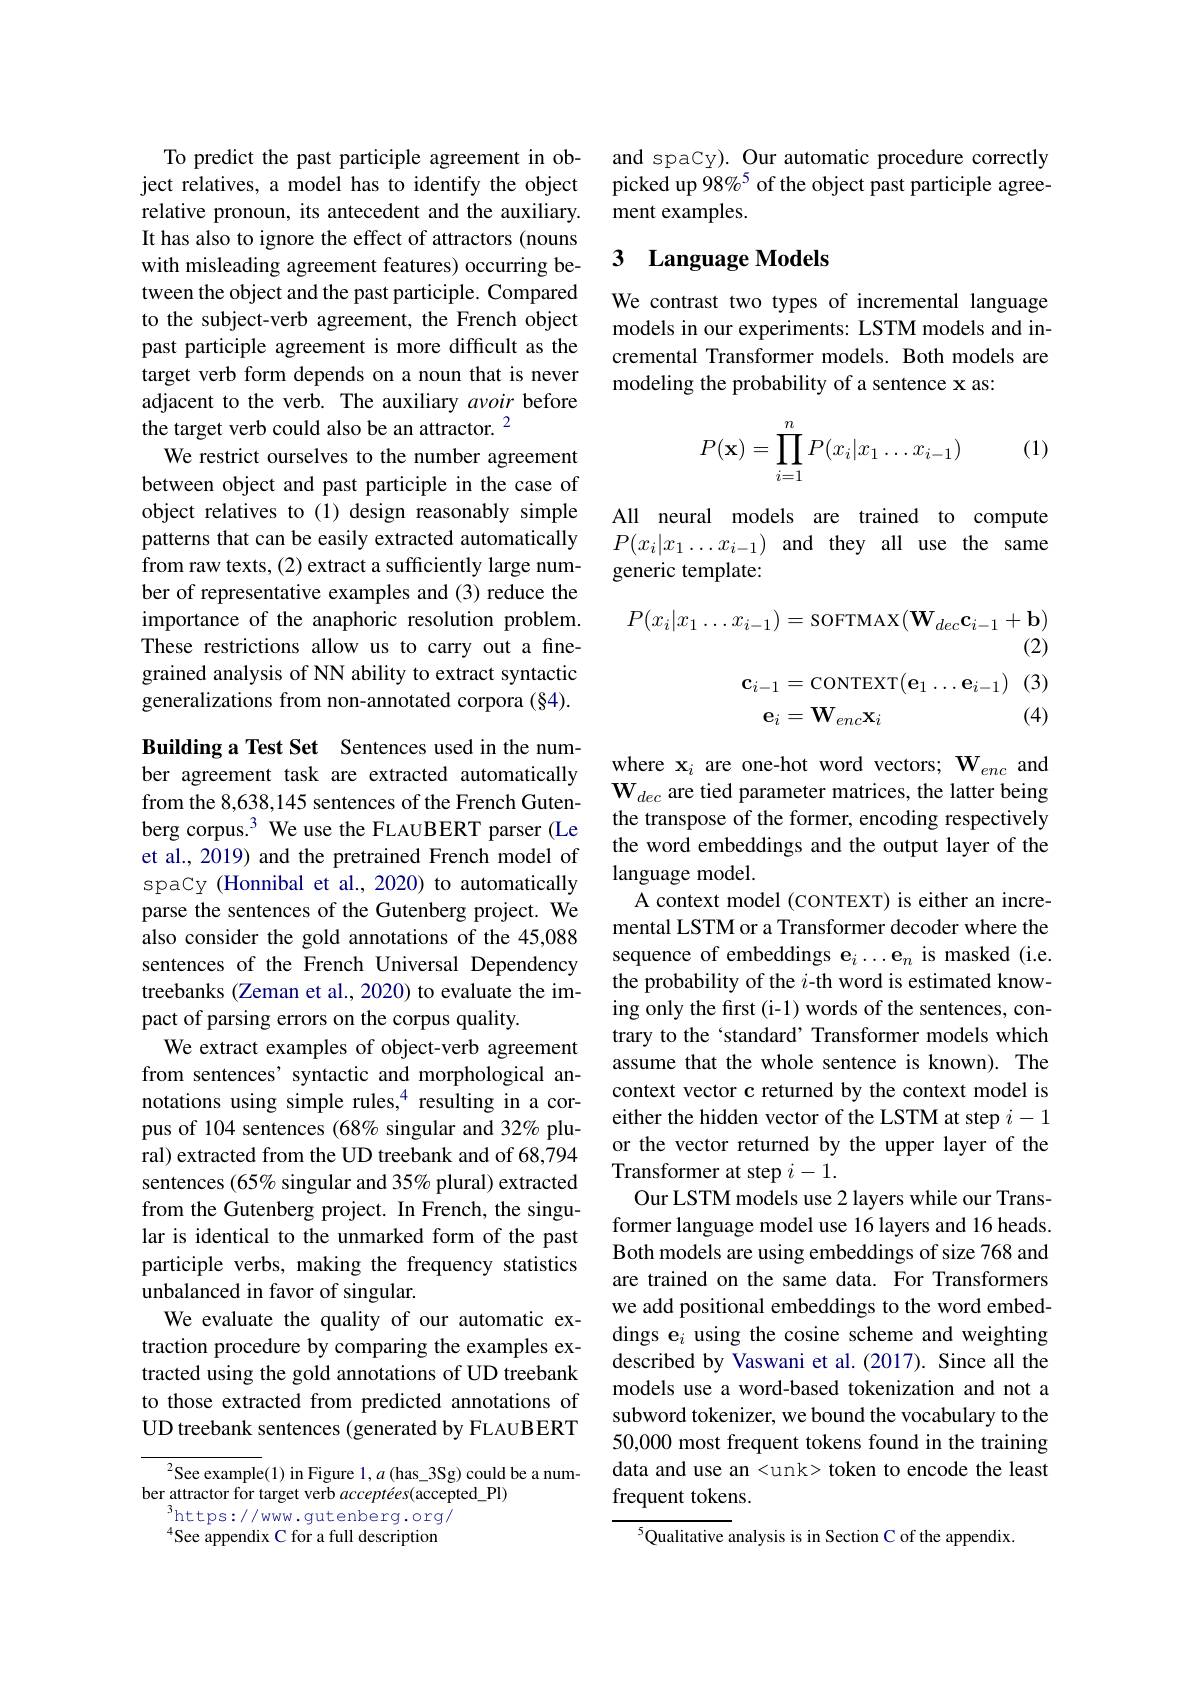
To predict the past participle agreement in object relatives, a model has to identify the object relative pronoun, its antecedent and the auxiliary. It has also to ignore the effect of attractors (nouns with misleading agreement features) occurring between the object and the past participle. Compared to the subject-verb agreement, the French object past participle agreement is more difficult as the target verb form depends on a noun that is never adjacent to the verb. The auxiliary avoir before the target verb could also be an attractor. $^{2}$
We restrict ourselves to the number agreement between object and past participle in the case of object relatives to (1) design reasonably simple patterns that can be easily extracted automatically from raw texts, (2) extract a sufficiently large number of representative examples and (3) reduce the importance of the anaphoric resolution problem. These restrictions allow us to carry out a finegrained analysis of NN ability to extract syntactic generalizations from non-annotated corpora (§4).

Building a Test Set Sentences used in the number agreement task are extracted automatically from the 8,638,145 sentences of the French Gutenberg corpus.$^{3}$ We use the FLAUBERT parser (Le et al., 2019) and the pretrained French model of spaCy (Honnibal et al., 2020) to automatically parse the sentences of the Gutenberg project. We also consider the gold annotations of the 45,088 sentences of the French Universal Dependency treebanks (Zeman et al., 2020) to evaluate the impact of parsing errors on the corpus quality.
We extract examples of object-verb agreement from sentences' syntactic and morphological annotations using simple rules,$^{4}$ resulting in a corpus of 104 sentences (68% singular and 32% plural) extracted from the UD treebank and of 68,794 sentences (65% singular and 35% plural) extracted from the Gutenberg project. In French, the singular is identical to the unmarked form of the past participle verbs, making the frequency statistics unbalanced in favor of singular.
We evaluate the quality of our automatic extraction procedure by comparing the examples extracted using the gold annotations of UD treebank to those extracted from predicted annotations of UD treebank sentences (generated by FLAUBERT
$^2$See example(1) in Figure $1,a$ (has\_3Sg) could be a num-

ber attractor for target verb acceptées(accepted\_Pl)
$^3$https: / / www. gutenberg. org/ $^{4}$See appendix C for a full description

and spaCy). Our automatic procedure correctly picked up 98%5 of the object past participle agreement examples.

### 3 Language Models

We contrast two types of incremental language models in our experiments: LSTM models and incremental Transformer models. Both models are modeling the probability of a sentence x as:

(1)
$$\begin{aligned}P(\mathbf{x})=\prod_{i=1}^nP(x_i|x_1\dots x_{i-1})\end{aligned}$$
All neural models are trained to compute $P(x_i|x_1\ldots x_{i-1})$ and they all use the same generic template:
$$P(x_i|x_1\ldots x_{i-1})=\mathrm{soFTMAX}(\mathbf{W}_{dec}\mathbf{c}_{i-1}+\mathbf{b})$$
(2)

(3)
$$\begin{aligned}\mathbf{c}_{i-1}&=\mathrm{CONTEXT}(\mathbf{e}_{1}\ldots\mathbf{e}_{i-1})\\\mathbf{e}_{i}&=\mathbf{W}_{enc}\mathbf{x}_{i}\end{aligned}$$
(4)

where $\mathbf{x}_i$ are one-hot word vectors; W$_enc$ and W$_{dec}$ are tied parameter matrices, the latter being the transpose of the former, encoding respectively the word embeddings and the output layer of the language model.
A context model (CONTEXT) is either an incremental LSTM or a Transformer decoder where the sequence of embeddings e$_i\ldots\textbf{e}_n$ is masked (i.e. the probability of the $i$-th word is estimated knowing only the first (i-1) words of the sentences, contrary to the `standard’ Transformer models which assume that the whole sentence is known). The context vector c returned by the context model is either the hidden vector of the LSTM at step $i-1$ or the vector returned by the upper layer of the Transformer at step $i-1.$
Our LSTM models use 2 layers while our Transformer language model use 16 layers and 16 heads. Both models are using embeddings of size 768 and are trained on the same data. For Transformers we add positional embeddings to the word embeddings e$_i$ using the cosine scheme and weighting described by Vaswani et al.(2017). Since all the models use a word-based tokenization and not a subword tokenizer, we bound the vocabulary to the 50,000 most frequent tokens found in the training data and use an <unk> token to encode the least frequent tokens.
$^{5}$Qualitative analysis is in Section C of the appendix